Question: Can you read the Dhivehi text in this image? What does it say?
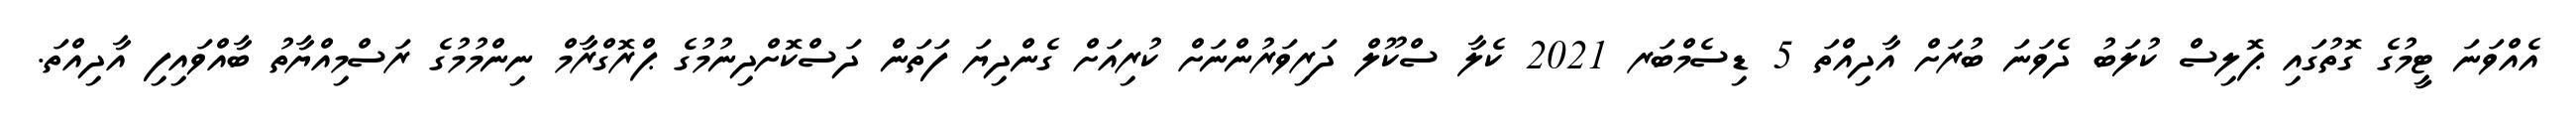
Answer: އެއްވަނަ ޓީމުގެ ގޮތުގައި ޕޮލިސް ކުލަބު ދެވަނަ ބުރަށް އާދިއްތަ 5 ޑިސެމްބަރ 2021 ކެލާ ސްކޫލް ދަރިވަރުންނަށް ކުރިއަށް ގެންދިޔަ ފަތަން ދަސްކޮށްދިނުމުގެ ޕްރޮގްރާމް ނިންމުމުގެ ރަސްމިއްޔާތު ބާއްވައިފި އާދިއްތަ.